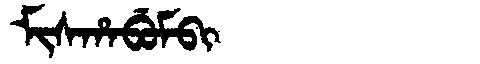
Manchu: ᠮᡳᠰᡥᠠᠪᡠᠮᠪᡳ
Romanization: MISHABUMBI